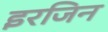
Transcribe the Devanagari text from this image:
इरजिन